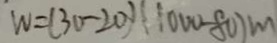
W = ( 3 0 - 2 0 ) ( 1 0 0 0 - 8 0 ) m